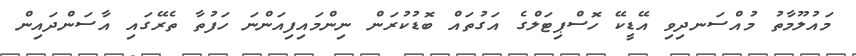
މައުލޫމާތު މުއްސަނދިވި އޭޑީކޭ ހޮސްޕިޓަލްގެ އަގުތައް ބޮޑުކުރަން ނިންމައިފިއަންނަ ހަފުތާ ތެރޭގައި އާސަންދައިން